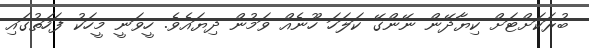
ބުރަކަށްޓަށް ކިޔާދޭން ނޭންގޭ ކަލަހަ ހޫނެއް ވަމުން ދިޔައެވެ. ހީވަނީ މީހަކު ފަހަތުގައި